system: You are a helpful assistant.
user:
Analyze the provided spectrum to determine if it is a **S-type Star**.

- **Key Indicators for S-type Star:**

    - **(Overall Spectrum Shape):** The first and most obvious characteristic is the overall continuum (the "baseline" shape). It is **extremely "red-sloping,"** meaning the flux (light intensity) is very low on the left side (blue, ~4000-4500 Å) and rises steeply and continuously toward the right side (red, ~7000 Å+).

    - **(Primary):** The spectrum is defined by the presence of strong, broad molecular absorption "valleys" (bands) from **Zirconium Oxide (ZrO)**. The identification of these bands is the **primary requirement** for classifying a star as S-type.
        - **(Key Bandheads):** You must find distinct, deep "dips" where the light has been absorbed. The most critical band systems to locate are:
            - **~6474 Å** ($\gamma$-system): This is often the strongest and clearest ZrO feature, found in the red part of the spectrum.
            - **~5718 Å** & **~5551 Å** ($\beta$-system): A pair of prominent absorption features in the yellow-orange part of the spectrum.
            - **~4640 Å** ($\alpha$-system): A key absorption band system in the blue-green region of the spectrum.

    - **(Secondary Confirmation):** The classification is strengthened by finding additional absorption bands from other related heavy element oxides, which are expected to be present alongside ZrO.
        - **(Key Bandheads):**
            - **Yttrium Oxide (YO):** Look for absorption dips near **~4800 Å** and **~6100 Å**.
            - **Lanthanum Oxide (LaO):** Additional absorption features, particularly in the red-orange part of the spectrum, are also characteristic.

    - **(Line Profile):** The combination of the steep red continuum and these numerous, deep molecular bands (ZrO, YO, etc.) gives the entire spectrum a very **"chopped-up"** or **"bumpy"** appearance. Instead of a smooth curve, the spectrum looks as though large, wide chunks of light have been "carved out" of it at the specific wavelengths listed above.

Think first, call **spectral_visualization_tool** if needed to examine features in detail, then provide your final answer. Your response must adhere to the following strict rules:
1.  **Overall Structure:** Your response must follow the format `<think>...</think> <tool_call>...</tool_call> (if a tool is used) <answer>...</answer>`.
2.  **Tool Usage Constraint:** You may only make **one** tool call per turn.
3.  **Final Answer Format:** In the `<answer>` tag, your conclusion must be inside a `\boxed{}` command (e.g., `\boxed{YES}` or `\boxed{NO}`), followed by your justification.

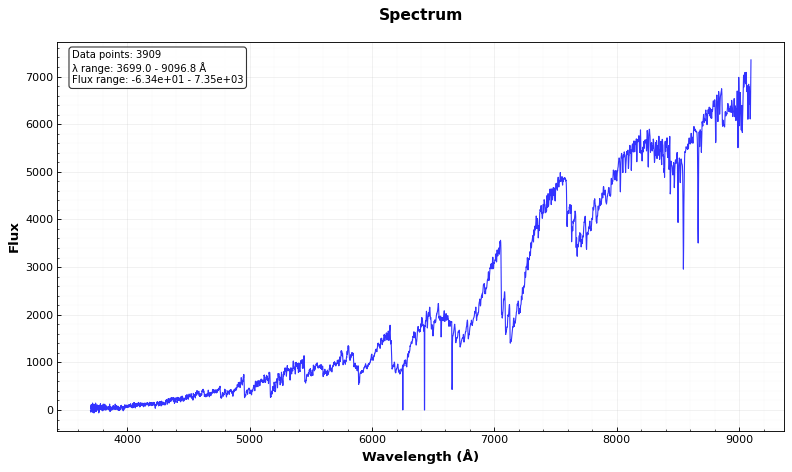
Answer: YES